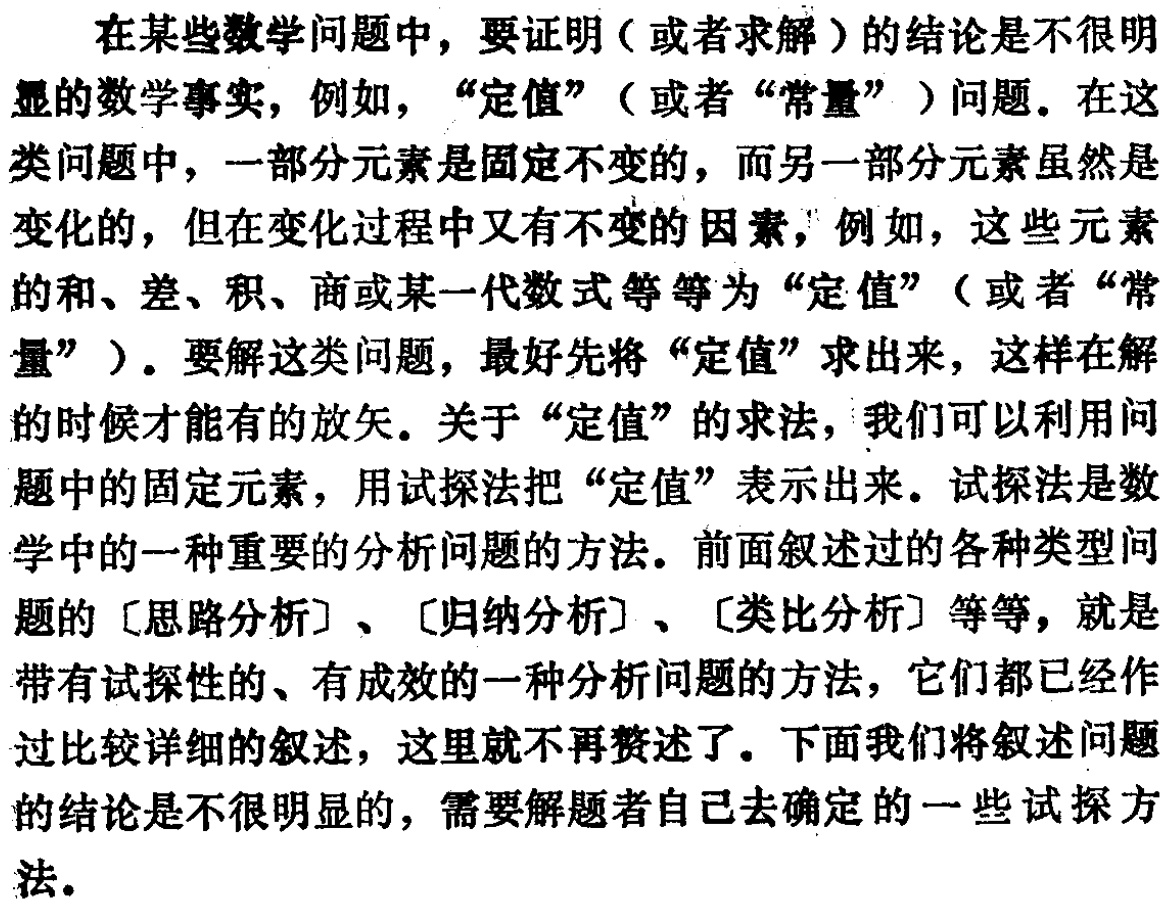
在某些数学问题中，要证明（或者求解）的结论是不很明
显的数学事实，例如，“定值”（或者“常量”）问题。在这
类问题中，一部分元素是固定不变的，而另一部分元素虽然是
变化的，但在变化过程中又有不变的因素，例如，这些元素
的和、差、积、商或某一代数式等等为“定值”（或者“常
量”）。要解这类问题，最好先将“定值”求出来，这样在解
的时候才能有的放矢。关于“定值”的求法，我们可以利用问
题中的固定元素，用试探法把“定值”表示出来。试探法是数
学中的一种重要的分析问题的方法。前面叙述过的各种类型问
题的 [思路分析] 、[归纳分析] 、[类比分析] 等等，就是
带有试探性的、有成效的一种分析问题的方法，它们都已经作
过比较详细的叙述，这里就不再赘述了。下面我们将叙述问题
的结论是不很明显的，需要解题者自己去确定的一些试探方
法。